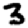
Digit: 3